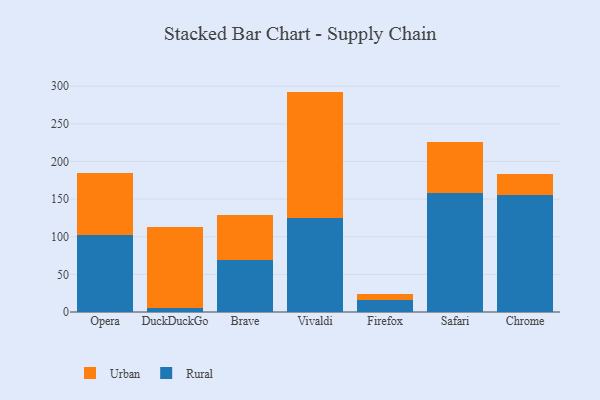
{"axis": {"x": "Browser", "y": "Population (Million)"}, "legend": ["Rural", "Urban"], "data": [{"x": "Opera", "y": 102.5, "type": "Rural"}, {"x": "Opera", "y": 81.6, "type": "Urban"}, {"x": "DuckDuckGo", "y": 5.4, "type": "Rural"}, {"x": "DuckDuckGo", "y": 107.5, "type": "Urban"}, {"x": "Brave", "y": 69.3, "type": "Rural"}, {"x": "Brave", "y": 59.8, "type": "Urban"}, {"x": "Vivaldi", "y": 124.3, "type": "Rural"}, {"x": "Vivaldi", "y": 168.5, "type": "Urban"}, {"x": "Firefox", "y": 16.2, "type": "Rural"}, {"x": "Firefox", "y": 8.2, "type": "Urban"}, {"x": "Safari", "y": 158.5, "type": "Rural"}, {"x": "Safari", "y": 67.7, "type": "Urban"}, {"x": "Chrome", "y": 155.1, "type": "Rural"}, {"x": "Chrome", "y": 27.7, "type": "Urban"}]}